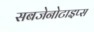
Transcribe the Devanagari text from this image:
सबजेनोटाइप्स